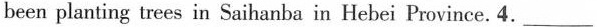
been planting trees in Saihanba in Hebei Province. 4.___